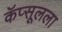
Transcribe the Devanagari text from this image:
कॅप्सूलला